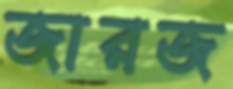
জারজ